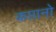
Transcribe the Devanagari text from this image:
कप्तानो